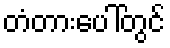
တံတားပေါ်တွင်